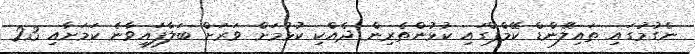
ނެގުމުގައި ތައިލޭންޑް ކޭމްޕްގައި ކުޅުންތެރިން ދެއްކި ކުޅުމަށް ވަރަށް ބަލާފައިވާނެ ކަމަށާއި 23